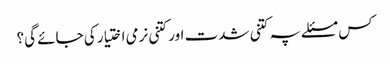
کس مسئلے پہ کتنی شدت اور کتنی نرمی اختیار کی جائے گی؟